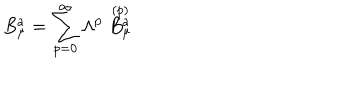
B _ { \mu } ^ { a } = \sum _ { p = 0 } ^ { \infty } \Lambda ^ { p } \stackrel { ( p ) } { B _ { \mu } ^ { a } }